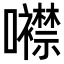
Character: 𡅢